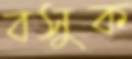
বসুক